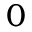
0